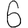
Digit: 6